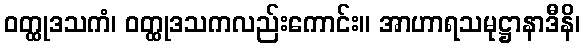
ဝတ္ထုဒသကံ၊ ဝတ္ထုဒသကလည်းကောင်း။ အာဟာရသမုဋ္ဌာနာဒီနိ၊